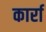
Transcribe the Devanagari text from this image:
कार्रा